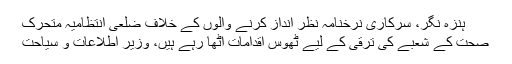
ہنزہ نگر، سرکاری نرخنامہ نظر انداز کرنے والوں کے خلاف ضلعی انتظامیہ متحرک
صحت کے شعبے کی ترقی کے لیے ٹھوس اقدامات اٹھا رہے ہیں، وزیر اطلاعات و سیاحت